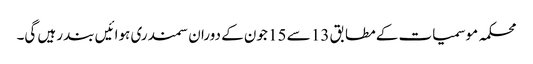
محکمہ موسمیات کے مطابق 13 سے 15 جون کے دوران سمندری ہوائیں بند رہیں گی۔